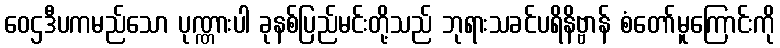
ဝေဌဒီပကမည်သော ပုဏ္ဏားပါ ခုနစ်ပြည်မင်းတို့သည် ဘုရားသခင်ပရိနိဗ္ဗာန် စံတော်မူကြောင်းကို